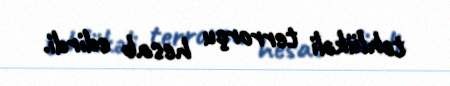
təhlükəli terrorçu hesab edirdi.